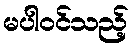
မပါဝင်သည့်